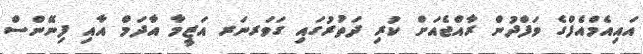
އައިއެމްއެފްގެ ވަފްދުން ރާއްޖެއަށް ކުރި ދަތުރުގައި ގަވަރނަރ އަޒީމާ އާދަމް އާއި ފިނޭންސް